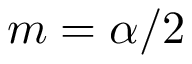
m = \alpha / 2